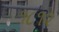
૧૮૧૨